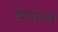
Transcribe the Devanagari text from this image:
दातव्यं